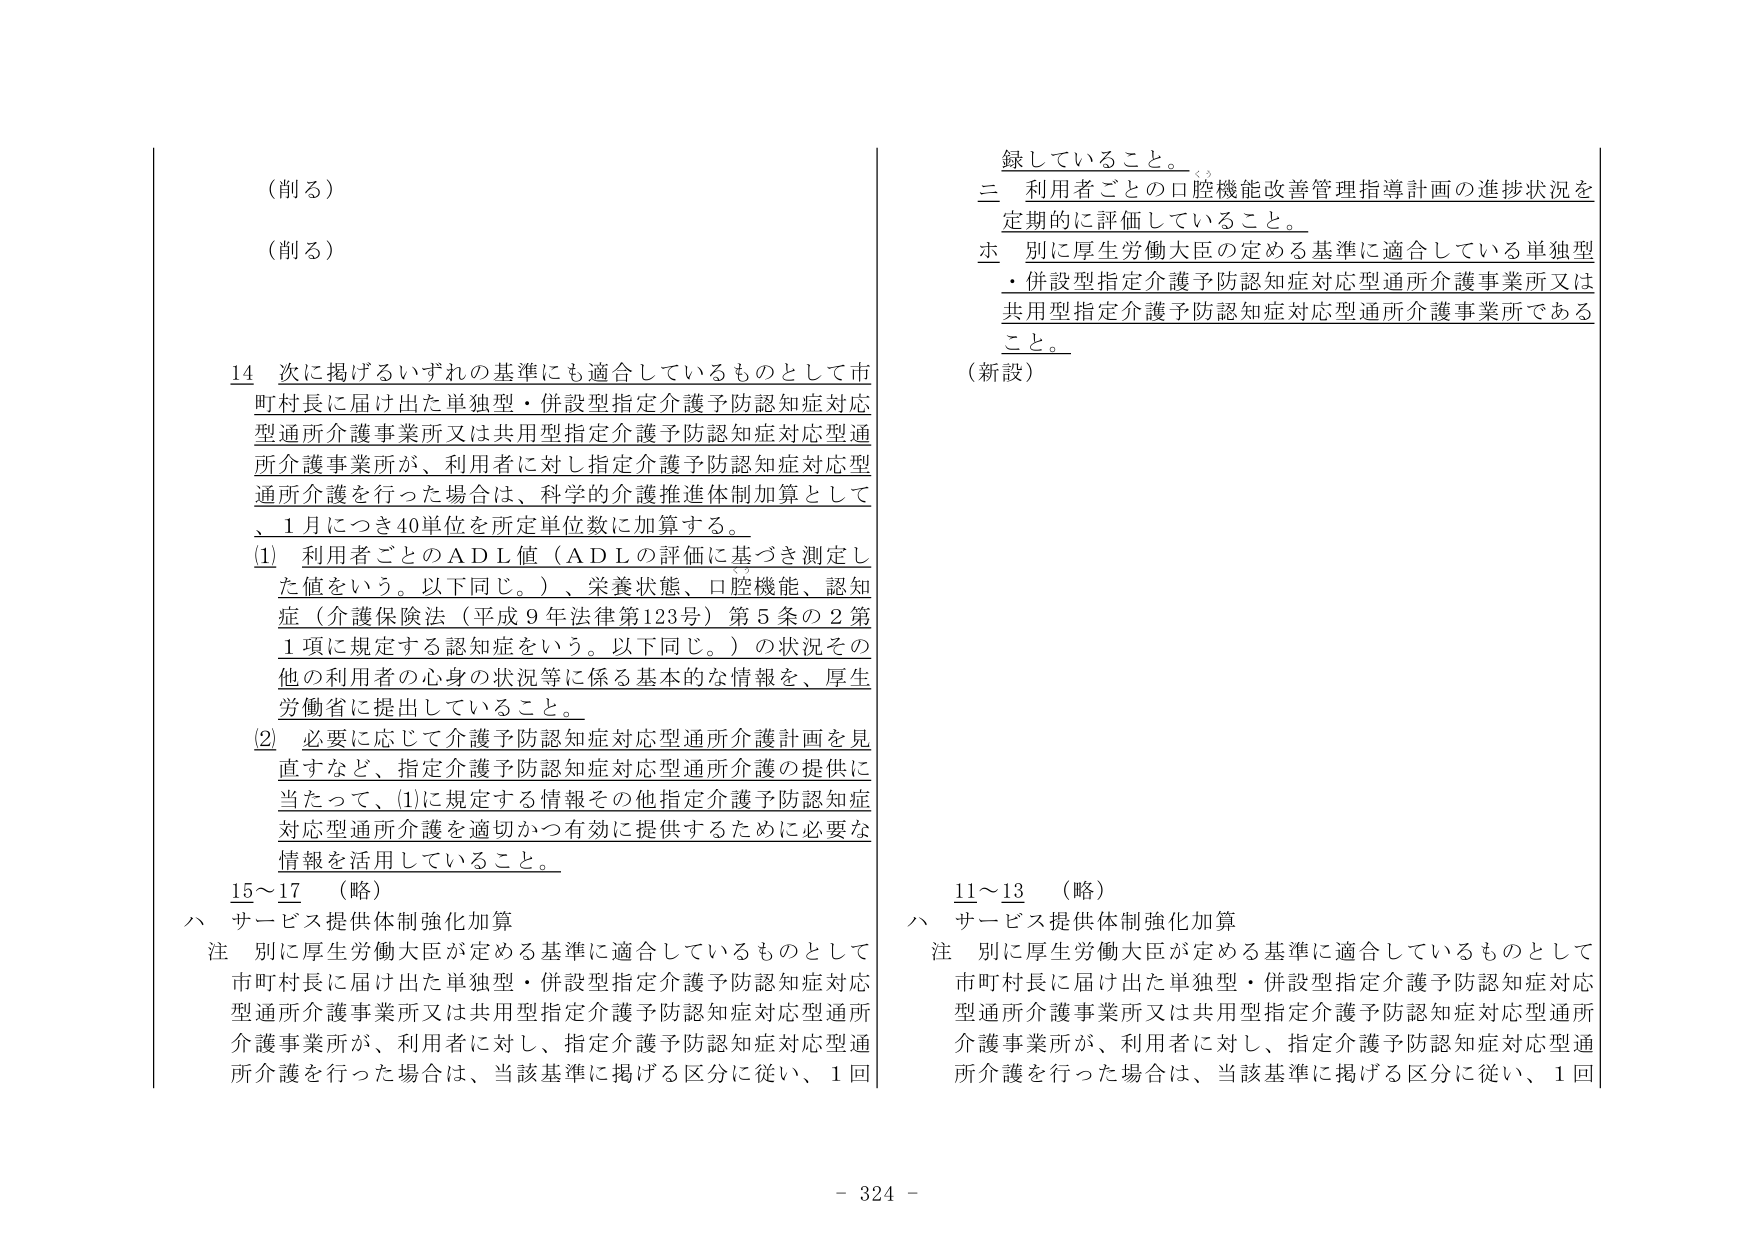
（削る）
（削る）

14 次に掲げるいずれの基準にも適合しているものとして市町村長に届け出た単独型・併設型指定介護予防認知症対応型通所介護事業所又は共用型指定介護予防認知症対応型通所介護事業所が、利用者に対し指定介護予防認知症対応型通所介護を行った場合は、科学的介護推進体制加算として、1月につき40単位を所定単位数に加算する。

(1) 利用者ごとのＡＤＬ値（ＡＤＬの評価に基づき測定した値をいう。以下同じ。）、栄養状態、口腔機能、認知症（介護保険法（平成９年法律第123号）第5条の2第1項に規定する認知症をいう。以下同じ。）の状況その他の利用者の心身の状況等に係る基本的な情報を、厚生労働省に提出していること。

(2) 必要に応じて介護予防認知症対応型通所介護計画を見直すなど、指定介護予防認知症対応型通所介護の提供に当たって、(1)に規定する情報その他指定介護予防認知症対応型通所介護を適切かつ有効に提供するために必要な情報を活用していること。

15～17 （略）
ハ サービス提供体制強化加算
注 別に厚生労働大臣が定める基準に適合しているものとして市町村長に届け出た単独型・併設型指定介護予防認知症対応型通所介護事業所又は共用型指定介護予防認知症対応型通所介護事業所が、利用者に対し、指定介護予防認知症対応型通所介護を行った場合は、当該基準に掲げる区分に従い、1回

録していること。
三 利用者ごとの口腔機能改善管理指導計画の進捗状況を定期的に評価していること。
ホ 別に厚生労働大臣の定める基準に適合している単独型・併設型指定介護予防認知症対応型通所介護事業所又は共用型指定介護予防認知症対応型通所介護事業所であること。
（新設）

11～13 （略）
ハ サービス提供体制強化加算
注 別に厚生労働大臣が定める基準に適合しているものとして市町村長に届け出た単独型・併設型指定介護予防認知症対応型通所介護事業所又は共用型指定介護予防認知症対応型通所介護事業所が、利用者に対し、指定介護予防認知症対応型通所介護を行った場合は、当該基準に掲げる区分に従い、1回

- 324 -